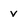
Character: v